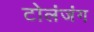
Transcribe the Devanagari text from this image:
टोलंजंग